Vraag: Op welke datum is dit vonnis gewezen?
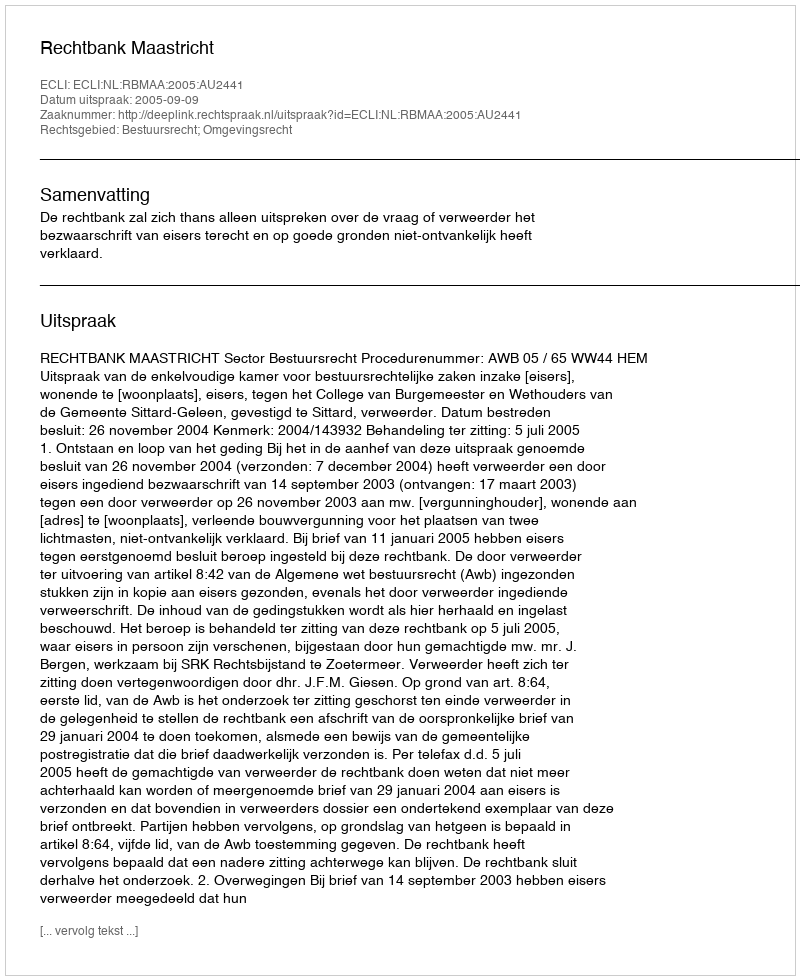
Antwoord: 2005-09-09